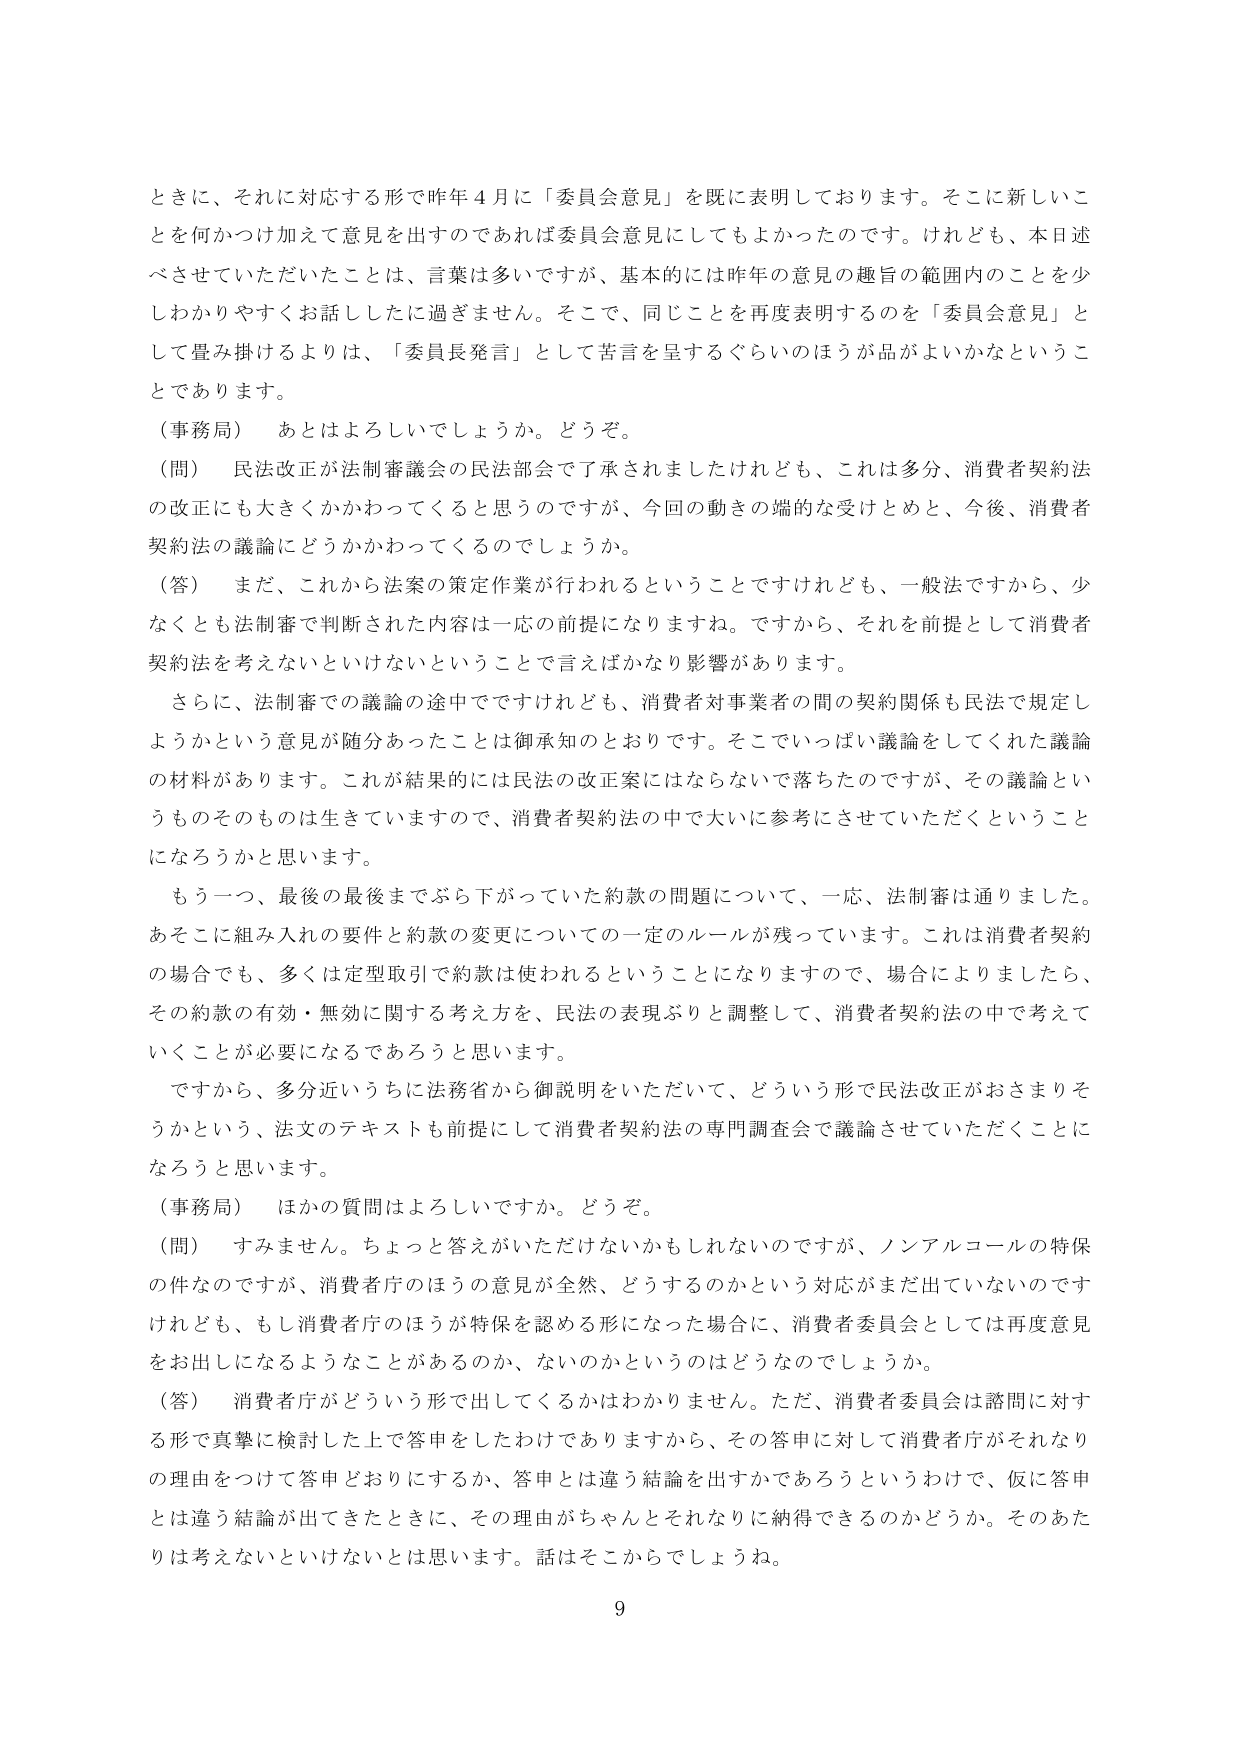
ときに、それに対応する形で昨年４月に「委員会意見」を既に表明しております。そこに新しいことを何かつけ加えて意見を出すのであれば委員会意見にしててもよかったのです。けれども、本日述べさせていただいたことは、言葉は多いですが、基本的には昨年の意見の趣旨の範囲内のことを少しわかりやすくお話したに過ぎません。そこで、同じことを再度表明するのを「委員会意見」として畳み掛けるよりは、「委員長発言」として苦言を呈するぐらいのほうが品がよいかなということあります。

（事務局）　あとはよろしいでしょうか。どうぞ。

（問）　民法改正が法制審議会の民法部会で了承されましたけれども、これは多分、消費者契約法の改正にも大きくかかわってくると思うのですが、今回の動きの端的な受けとめと、今後、消費者契約法の議論にどうかかわってくるのでしょうか。

（答）　まだ、これから法案の策定作業が行われるということですけれども、一般法ですから、少なくとも法制審で判断された内容は一応の前提になりますね。ですから、それを前提として消費者契約法を考えないといけないということであればかなり影響があります。

　さらに、法制審での議論の途中ですけれども、消費者対事業者の間の契約関係も民法で規定しようかという意見が随分あったことは御承知のとおりです。そこでいっぱい議論をしてくれた議論の材料があります。これが結果的には民法の改正案にはならないで落ちたのですが、その議論というもののそのものは生きていますので、消費者契約法の中で大いに参考にさせていただくということになろうかと思います。

　もう一つ、最後の最後までぶら下がっていた約款の問題について、一応、法制審は通りました。あそこに組み入れの要件と約款の変更についての一定のルールが残っています。これは消費者契約の場合でも、多くは定型取引で約款は使われるということになりますので、場合によりましたら、その約款の有効・無効に関する考え方を、民法の表現ぶりと調整して、消費者契約法の中で考えていくことが必要になるであろうと思います。

　ですから、多分近いうちに法務省から御説明をいただいて、どういう形で民法改正がおさまりそうかという、法文のテキストも前提にして消費者契約法の専門調査会で議論させていただくことになろうと思います。

（事務局）　ほかの質問はよろしいですか。どうぞ。

（問）　すみません。ちょっと答えがいただけないかもしれないのですが、ノンアルコールの特保の件なのですが、消費者庁のほうの意見が全然、どうするのかという対応がまだ出ていないのですけれども、もし消費者庁のほうが特保を認める形になった場合に、消費者委員会としては再度意見をお出しになるようなことがあるのか、ないのかというのはどうなのでしょうか。

（答）　消費者庁がどういう形で出してくるかはわかりません。ただ、消費者委員会は諮問に対する形で真摯に検討した上で答申をしたわけでありますから、その答申に対して消費者庁がそれなりの理由をつけて答申どおりにするか、答申とは違う結論を出すかであろうというわけで、仮に答申とは違う結論が出てきたときに、その理由がちゃんとそれなりに納得できるのかどうか。そのあたりは考えないといけないとは思います。話はそこからでしょうね。

9